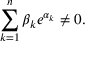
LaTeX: \sum _ { k = 1 } ^ { n } \beta _ { k } e ^ { \alpha _ { k } } \neq 0 .